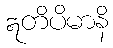
ဣတိပိမာနိ